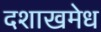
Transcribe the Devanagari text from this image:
दशाखमेध